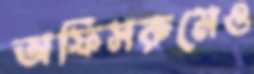
অফিসরুমেও